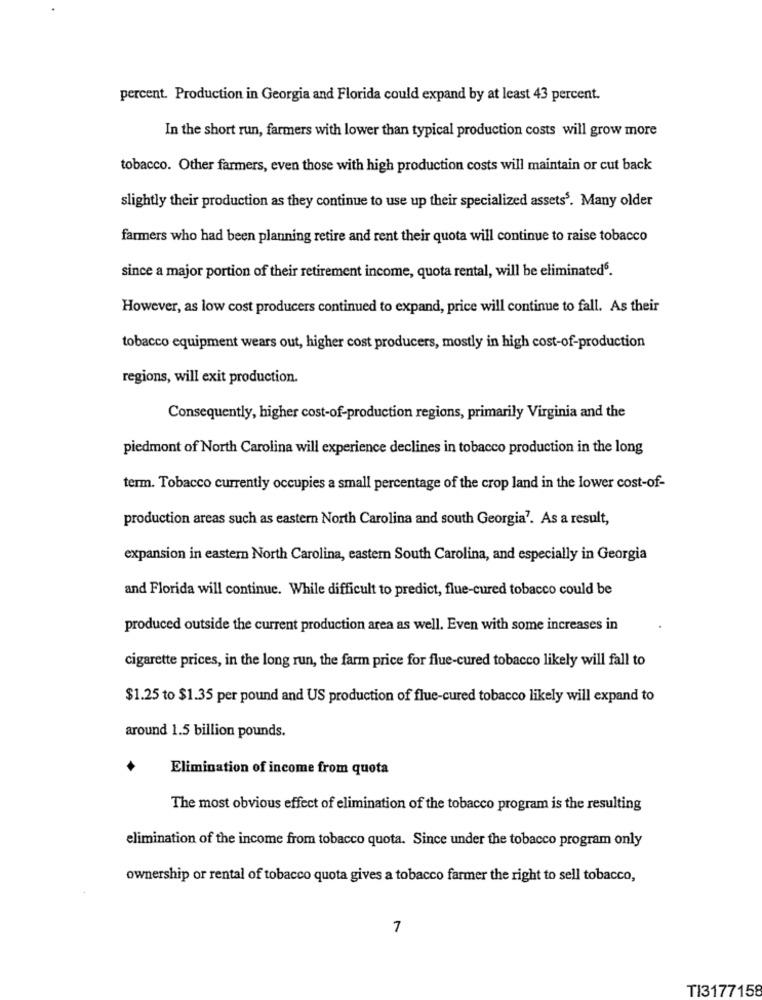
percent. Production in Georgia and Florida could expand by at least 43 percent.
In the short run, farmers with lower than typical production costs will grow more
tobacco. Other farmers, even those with high production costs will maintain or cut back
slightly their production as they continue to use up their specialized assets5. Many older
farmers who had been planning retire and rent their quota will continue to raise tobacco
since a major portion of their retirement income, quota rental, will be eliminated6.
However, as low cost producers continued to expand, price will continue to fall. As their
tobacco equipment wears out, higher cost producers, mostly in high cost-of-production
regions, will exit production.
Consequently, higher cost-of-production regions, primarily Virginia and the
piedmont of North Carolina will experience declines in tobacco production in the long
term. Tobacco currently occupies a small percentage of the crop land in the lower cost-of-
production areas such as eastern North Carolina and south Georgia7. As a result,
expansion in eastern North Carolina, eastern South Carolina, and especially in Georgia
and Florida will continue. While difficult to predict, flue-cured tobacco could be
produced outside the current production area as well. Even with some increases in
cigarette prices, in the long run, the farm price for flue-cured tobacco likely will fall to
$1.25 to $1.35 per pound and US production of flue-cured tobacco likely will expand to
around 1.5 billion pounds.
Elimination of income from quota
The most obvious effect of elimination of the tobacco program is the resulting
elimination of the income from tobacco quota. Since under the tobacco program only
ownership or rental of tobacco quota gives a tobacco farmer the right to sell tobacco,
7
TI3177158